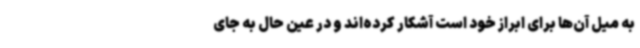
به میل آن‌ها برای ابراز خود است آشکار کرده‌اند و در عین حال به جای